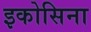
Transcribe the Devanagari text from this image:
इकोसिना